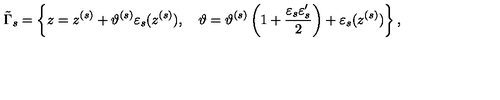
\tilde { \Gamma } _ { s } = \left\{ z = z ^ { ( s ) } + \vartheta ^ { ( s ) } \varepsilon _ { s } ( z ^ { ( s ) } ) , \quad \vartheta = \vartheta ^ { ( s ) } \left( 1 + \frac { \varepsilon _ { s } \varepsilon _ { s } ^ { \prime } } 2 \right) + \varepsilon _ { s } ( z ^ { ( s ) } ) \right\} ,